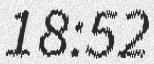
18:52